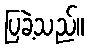
ပြခဲ့သည်။